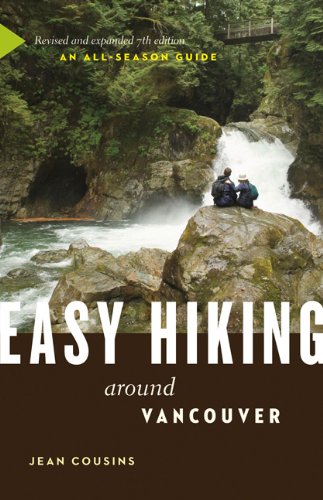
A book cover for Easy Hiking Around Vancouver: An All-Season Guide; Jean Cousins; Travel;